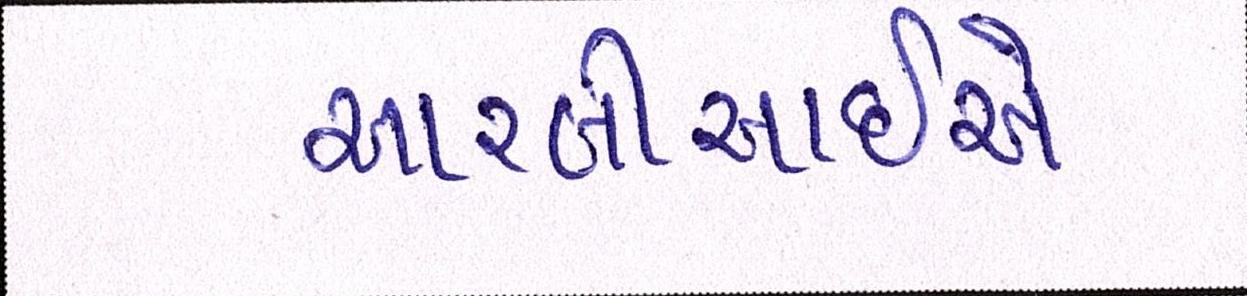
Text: આરબીઆઇએ